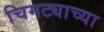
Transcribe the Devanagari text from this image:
चिमट्याच्या